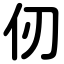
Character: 仞